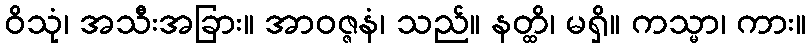
ဝိသုံ၊ အသီးအခြား။ အာဝဇ္ဇနံ၊ သည်။ နတ္ထိ၊ မရှိ။ ကသ္မာ၊ ကား။